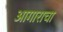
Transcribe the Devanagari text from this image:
आगाराचा